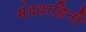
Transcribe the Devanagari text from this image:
मंदवाहिनी